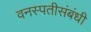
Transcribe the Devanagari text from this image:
वनस्पतीसंबंधी